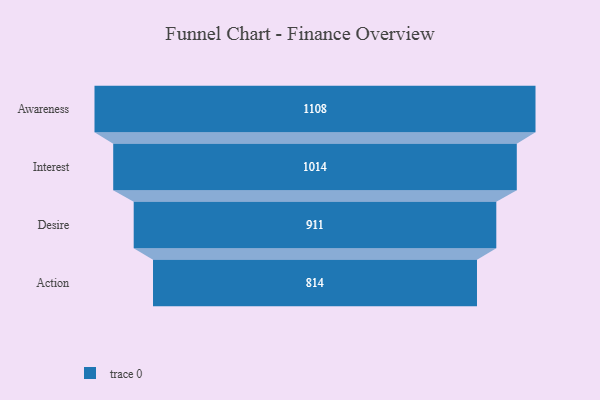
{"axis": {"x": "Stage", "y": "Value"}, "legend": [""], "data": [{"x": "Awareness", "y": 1108.0, "type": ""}, {"x": "Interest", "y": 1014.0, "type": ""}, {"x": "Desire", "y": 911.0, "type": ""}, {"x": "Action", "y": 814.0, "type": ""}]}